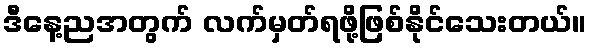
ဒီနေ့ညအတွက် လက်မှတ်ရဖို့ဖြစ်နိုင်သေးတယ်။